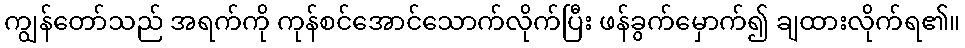
ကျွန်တော်သည် အရက်ကို ကုန်စင်အောင်သောက်လိုက်ပြီး ဖန်ခွက်မှောက်၍ ချထားလိုက်ရ၏။